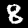
Digit: 8